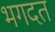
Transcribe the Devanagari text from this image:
भगदत